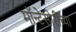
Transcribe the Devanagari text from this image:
मॉन्टेसोरींच्या